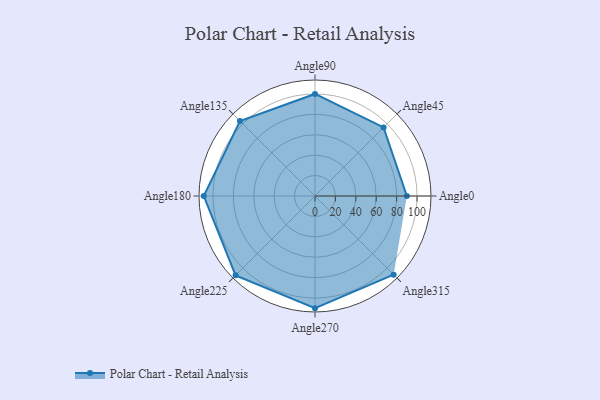
{"axis": {"x": "Angle", "y": "Radius"}, "legend": [""], "data": [{"x": "Angle0", "y": 90.0, "type": ""}, {"x": "Angle45", "y": 95.0, "type": ""}, {"x": "Angle90", "y": 100.0, "type": ""}, {"x": "Angle135", "y": 104.0, "type": ""}, {"x": "Angle180", "y": 109.0, "type": ""}, {"x": "Angle225", "y": 110.0, "type": ""}, {"x": "Angle270", "y": 110.0, "type": ""}, {"x": "Angle315", "y": 109.0, "type": ""}]}